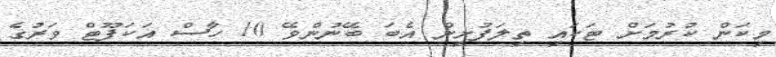
މިކަން ކުރުމަށް ޓަކައި ތިލަފުށިން އެބަ ބޭނުންވޭ 10 ހާސް އަކަފޫޓް ވަރުގެ